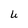
Character: U